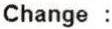
CHANGE :